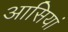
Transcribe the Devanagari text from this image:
आसियां